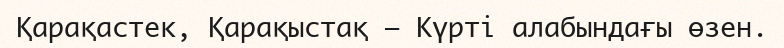
Қарақастек, Қарақыстақ – Күрті алабындағы өзен.